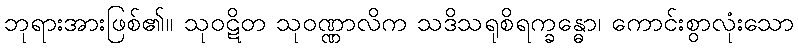
ဘုရားအားဖြစ်၏။ သုဝဋိတ သုဝဏ္ဏာလိက သဒိသရုစိရက္ခန္ဓော၊ ကောင်းစွာလုံးသော